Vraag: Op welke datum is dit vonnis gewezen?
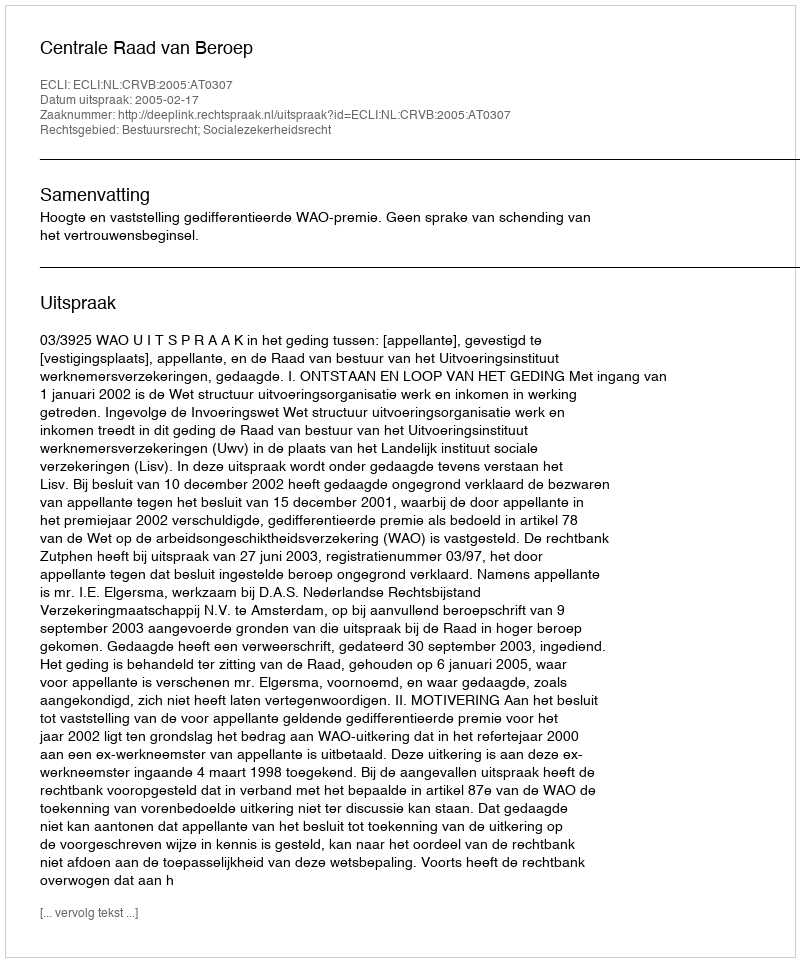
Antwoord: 2005-02-17